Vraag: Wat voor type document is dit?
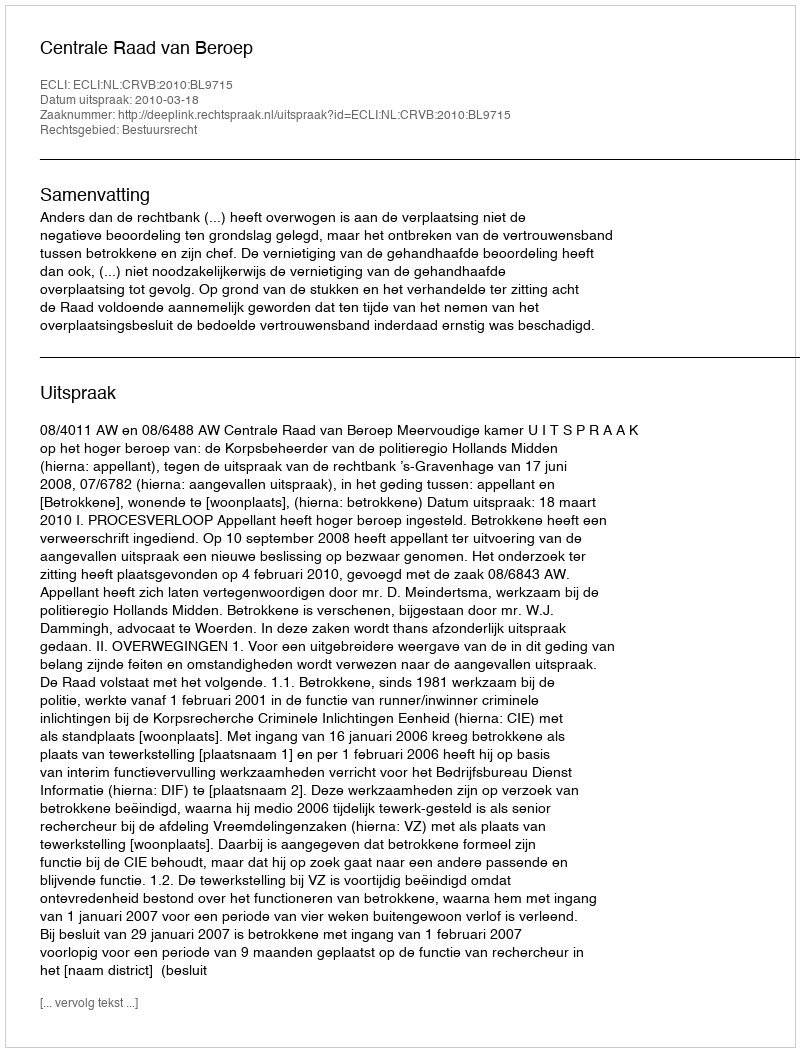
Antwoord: Uitspraak